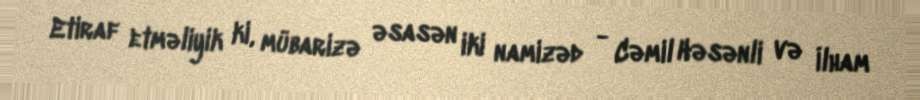
Etiraf etməliyik ki, mübarizə əsasən iki namizəd - Cəmil Həsənli və İlham